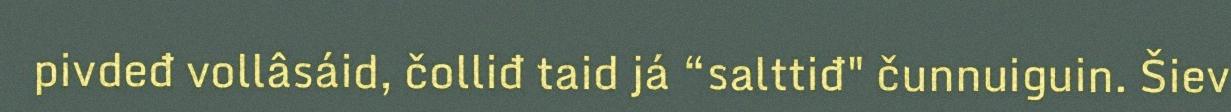
pivdeđ vollâsáid, čolliđ taid já “salttiđ" čunnuiguin. Šiev